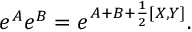
e ^ { A } e ^ { B } = e ^ { A + B + \frac { 1 } { 2 } [ X , Y ] } .